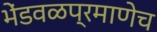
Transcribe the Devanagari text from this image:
भेंडवळप्रमाणेच